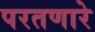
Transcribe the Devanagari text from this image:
परतणारे